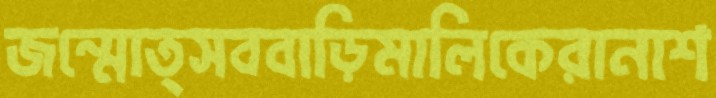
জন্মোত্সববাড়িমালিকেরানাশ